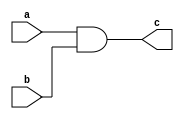
`timescale 1ns / 1ps
//////////////////////////////////////////////////////////////////////////////////
// Company: 
// Engineer: 
// 
// Design Name: 
// Module Name:    Brentkung 
// Project Name: 
// Target Devices: 
// Tool versions: 
// Description: 
//
// Dependencies: 
//
// Revision: 
// Revision 0.01 - File Created
// Additional Comments: 
//
//////////////////////////////////////////////////////////////////////////////////
module AND(a,b,c);
	input a,b;
	output c;

	assign c=a & b;

endmodule 

module XOR(a,b,c);
	input a,b;
	output c;

	assign c=a ^ b;

endmodule 

module aplusbc(a,b,c,d);
	input a,b,c;
	output d;

	assign d=a | (b & c);

endmodule 


module Brentkung(a,b,Cin,Sum,Cout);

	input [15:0] a,b;
	output [15:0] Sum;
	input Cin;
	output Cout;

	wire [15:0] P1,G1;
	wire [7:0] P2,G2;
	wire [3:0] P3,G3;
	wire [1:0] P4,G4;
	wire [0:0] P5,G5;
	wire [16:0] Carry;
	genvar i;
	generate
		for(i=0;i<=15;i=i+1)
		begin : Firstorder
			AND  A(a[i],b[i],G1[i]);
			XOR  X(a[i],b[i],P1[i]);
		end
	endgenerate


	generate
		for(i=0;i<=7;i=i+1)
		begin : Secondorder
			aplusbc  apbc(G1[2*i+1],P1[2*i+1],G1[2*i],G2[i]);
			AND  A1(P1[2*i+1],P1[2*i],P2[i]);
		end
	endgenerate

	generate
		for(i=0;i<=3;i=i+1)
		begin : Thirdorder
			aplusbc  apbc(G2[2*i+1],P2[2*i+1],G2[2*i],G3[i]);
			AND  A1(P2[2*i+1],P2[2*i],P3[i]);
		end
	endgenerate


	generate
		for(i=0;i<=1;i=i+1)
		begin : Fourthorder
			aplusbc  apbc(G3[2*i+1],P3[2*i+1],G3[2*i],G4[i]);
			AND  A1(P3[2*i+1],P3[2*i],P4[i]);
		end
	endgenerate

	generate
		for(i=0;i<=0;i=i+1)
		begin : Fifthorder	
			aplusbc  apbc(G4[2*i+1],P4[2*i+1],G4[2*i],G5[i]);
			AND  A1(P4[2*i+1],P4[2*i],P5[i]);
		end
	endgenerate

	assign Carry[0] = Cin;

	assign Carry[1] = G1[0] | (P1[0]&Carry[0]);

	assign Carry[2] = G2[0] | (P2[0]&Carry[0]);

	assign Carry[4] = G3[0] | (P3[0]&Carry[0]);

	assign Carry[8] = G4[0] | (P4[0]&Carry[0]);

	assign Carry[16] = G5[0] | (P5[0]&Carry[0]);

	assign Carry[3] = G1[2] | (P1[2]&Carry[2]);

	assign Carry[5] = G1[4] | (P1[4]&Carry[4]);

	assign Carry[9] = G1[8] | (P1[8]&Carry[8]);

	assign Carry[6] = G2[2] | (P2[2]&Carry[4]);

	assign Carry[10] = G2[4] | (P2[4]&Carry[8]);

	assign Carry[12] = G3[2] | (P3[2]&Carry[8]);

	assign Carry[7] = G1[6] | (P1[6]&Carry[6]);

	assign Carry[11] = G1[10] | (P1[10]&Carry[10]);

	assign Carry[13] = G1[12] | (P1[12]&Carry[12]);

	assign Carry[14] = G2[6] | (P2[6]&Carry[12]);

	assign Carry[15] = G1[14] | (P1[14]&Carry[14]);

	assign Sum[15:0] = P1[15:0] ^ Carry[15:0];

	assign Cout = Carry[16];
	
endmodule